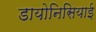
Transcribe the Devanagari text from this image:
डायोनिसियाई